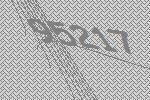
95217